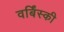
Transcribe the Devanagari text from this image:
वर्बिंस्की